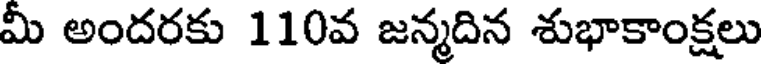
మీ అందరకు 110వ జన్మదిన శుభాకాంక్షలు